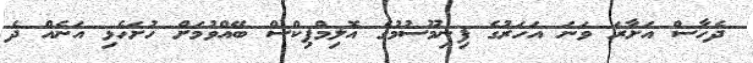
ދެހާސް އަށާރަ ވަނަ އަހަރުގެ ފިނިމޫސުމުގެ އޮލިމްޕިކްސް ބޭއްވުމަށް ހުށަހެޅި އަނެއް ދެ